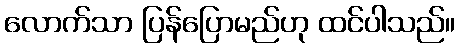
လောက်သာ ပြန်ပြောမည်ဟု ထင်ပါသည်။